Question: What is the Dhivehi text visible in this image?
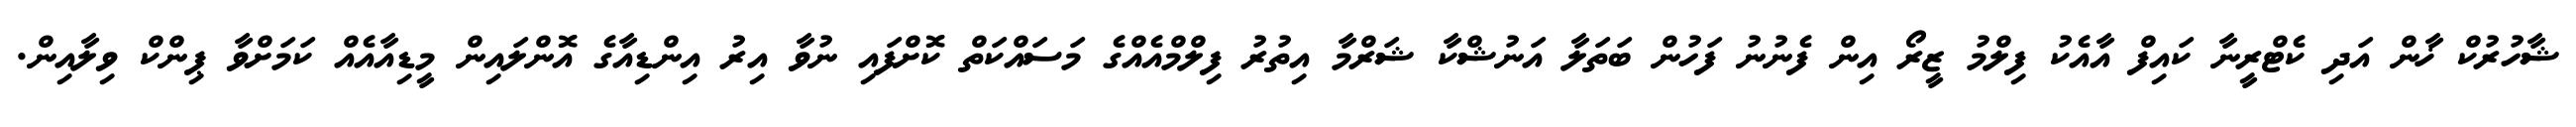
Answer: ޝާހުރުކް ޚާން އަދި ކެޓްރީނާ ކައިފް އާއެކު ފިލްމު ޒީރޯ އިން ފެނުނު ފަހުން ބަތަލާ އަނުޝްކާ ޝަރްމާ އިތުރު ފިލްމްއެއްގެ މަސައްކަތް ކޮށްފައި ނުވާ އިރު އިންޑިއާގެ އޮންލައިން މީޑިއާއެއް ކަމަށްވާ ޕިންކް ވިލާއިން.